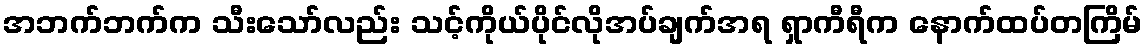
အဘက်ဘက်က သီးသော်လည်း သင့်ကိုယ်ပိုင်လိုအပ်ချက်အရ ရှာကီရီက နောက်ထပ်တကြိမ်